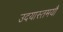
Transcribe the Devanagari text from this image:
उदयास्तमयौ